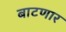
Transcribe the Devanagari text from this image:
बाटणार